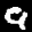
Label: 9